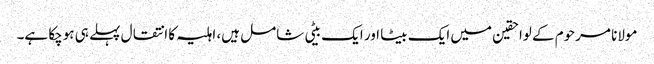
مولانا مرحوم کے لواحقین میں ایک بیٹا اور ایک بیٹی شامل ہیں، اہلیہ کا انتقال پہلے ہی ہوچکا ہے۔